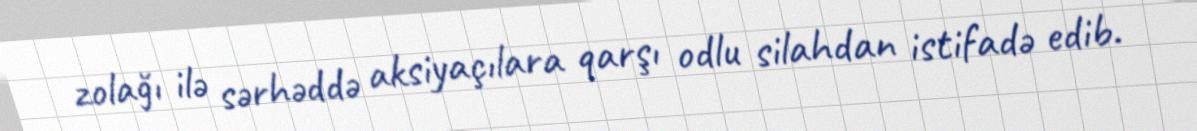
zolağı ilə sərhəddə aksiyaçılara qarşı odlu silahdan istifadə edib.